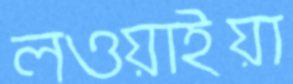
লওয়াইয়া